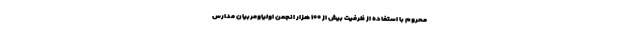
محروم با استفاده از ظرفیت بیش از ۱۰۰ هزار انجمن اولیاومربیان مدارس